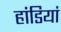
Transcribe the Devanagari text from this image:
हांडियां